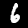
Label: 6